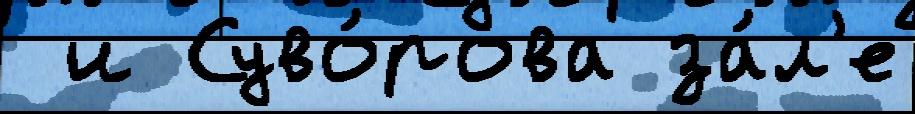
 и Суво́рова за́л'е